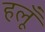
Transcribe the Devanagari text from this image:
हलूँ